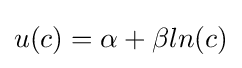
u(c)=\alpha +\beta ln(c)